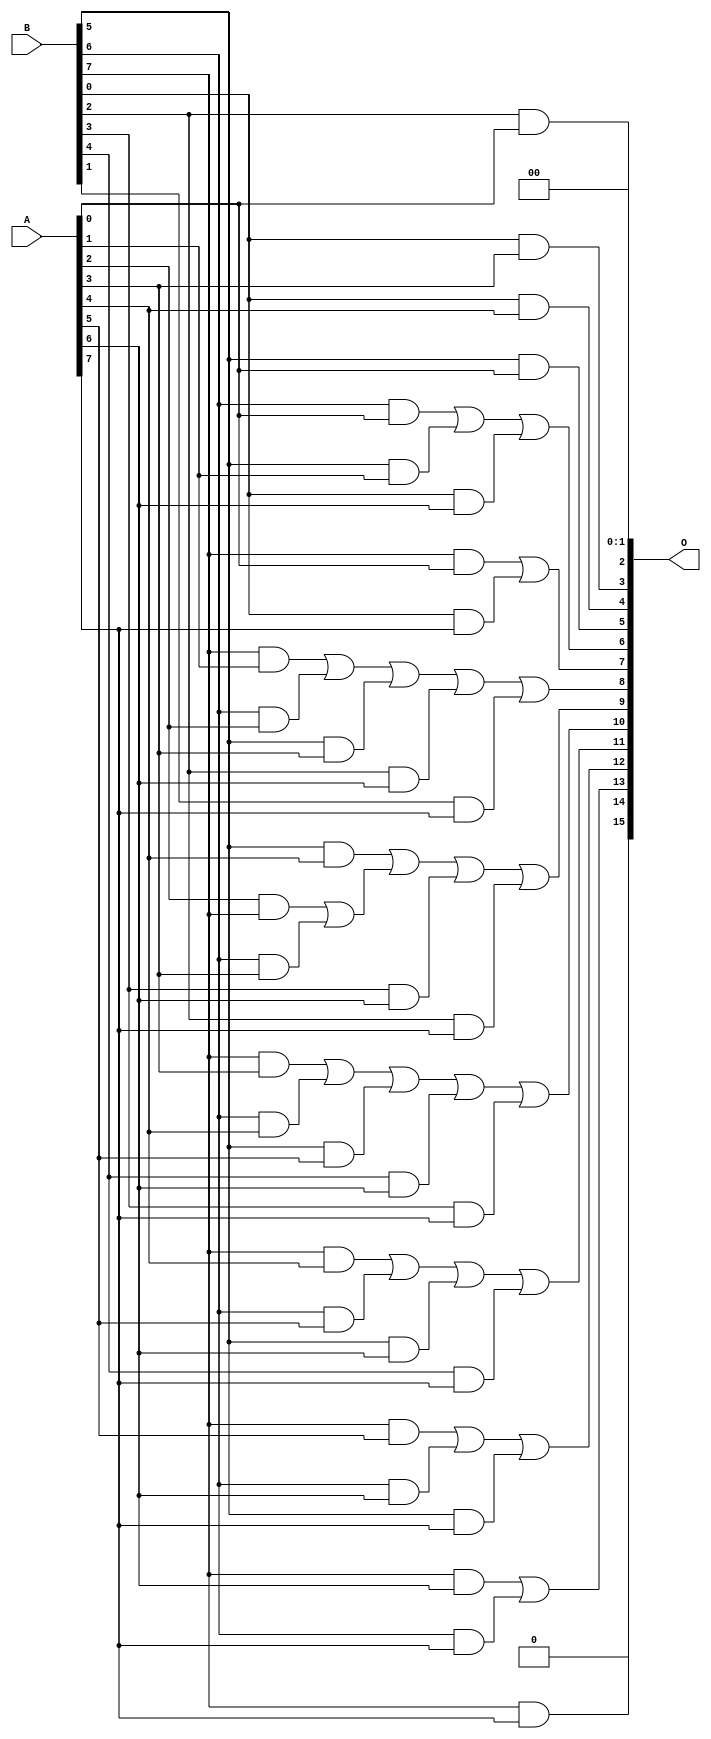
/***
* This code is a part of EvoApproxLib library (ehw.fit.vutbr.cz/approxlib) distributed under The MIT License.
* When used, please cite the following article(s): V. Mrazek, R. Hrbacek, Z. Vasicek and L. Sekanina, "EvoApprox8b: Library of approximate adders and multipliers for circuit design and benchmarking of approximation methods". Design, Automation & Test in Europe Conference & Exhibition (DATE), 2017, Lausanne, 2017, pp. 258-261. doi: 10.23919/DATE.2017.7926993 
* This file contains a circuit from a sub-set of pareto optimal circuits with respect to the pwr and mre parameters
***/
// MAE% = 5.09 %
// MAE = 3334 
// WCE% = 49.23 %
// WCE = 32261 
// WCRE% = 100.00 %
// EP% = 97.47 %
// MRE% = 21.95 %
// MSE = 34405.106e3 
// PDK45_PWR = 0.029 mW
// PDK45_AREA = 112.2 um2
// PDK45_DELAY = 0.18 ns

module mul8u_QKX (
    A,
    B,
    O
);

input [7:0] A;
input [7:0] B;
output [15:0] O;

wire sig_21,sig_22,sig_29,sig_31,sig_42,sig_52,sig_84,sig_94,sig_95,sig_96,sig_122,sig_123,sig_126,sig_133,sig_134,sig_137,sig_138,sig_139,sig_166,sig_168;
wire sig_170,sig_180,sig_181,sig_182,sig_208,sig_211,sig_213,sig_220,sig_221,sig_222,sig_223,sig_224,sig_225,sig_226,sig_236,sig_241,sig_246,sig_251,sig_255,sig_256;
wire sig_261,sig_262,sig_263,sig_264,sig_265,sig_266,sig_267,sig_268,sig_269,sig_277,sig_282,sig_284,sig_289,sig_294,sig_299;

assign sig_21 = B[5] & A[0];
assign sig_22 = B[6] & A[0];
assign sig_29 = B[5] & A[1];
assign sig_31 = B[7] & A[1];
assign sig_42 = sig_22 | sig_29;
assign sig_52 = B[6] & A[2];
assign sig_84 = sig_31 | sig_52;
assign sig_94 = B[5] & A[3];
assign sig_95 = B[6] & A[3];
assign sig_96 = B[7] & A[3];
assign sig_122 = sig_84 | sig_94;
assign sig_123 = A[2] & B[7];
assign sig_126 = sig_123 | sig_95;
assign sig_133 = B[0] & A[4];
assign sig_134 = B[2] & A[0];
assign sig_137 = B[5] & A[4];
assign sig_138 = B[6] & A[4];
assign sig_139 = B[7] & A[4];
assign sig_166 = B[0] & A[3];
assign sig_168 = sig_137 | sig_126;
assign sig_170 = sig_96 | sig_138;
assign sig_180 = B[5] & A[5];
assign sig_181 = B[6] & A[5];
assign sig_182 = B[7] & A[5];
assign sig_208 = sig_170 | sig_180;
assign sig_211 = B[0] & A[6];
assign sig_213 = sig_139 | sig_181;
assign sig_220 = B[2] & A[6];
assign sig_221 = B[3] & A[6];
assign sig_222 = B[4] & A[6];
assign sig_223 = B[5] & A[6];
assign sig_224 = B[6] & A[6];
assign sig_225 = B[7] & A[6];
assign sig_226 = sig_42 | sig_211;
assign sig_236 = sig_122 | sig_220;
assign sig_241 = sig_168 | sig_221;
assign sig_246 = sig_208 | sig_222;
assign sig_251 = sig_213 | sig_223;
assign sig_255 = B[7] & A[0];
assign sig_256 = sig_182 | sig_224;
assign sig_261 = B[0] & A[7];
assign sig_262 = B[1] & A[7];
assign sig_263 = B[2] & A[7];
assign sig_264 = B[3] & A[7];
assign sig_265 = B[4] & A[7];
assign sig_266 = B[5] & A[7];
assign sig_267 = B[6] & A[7];
assign sig_268 = B[7] & A[7];
assign sig_269 = sig_255 | sig_261;
assign sig_277 = sig_236 | sig_262;
assign sig_282 = sig_241 | sig_263;
assign sig_284 = sig_246 | sig_264;
assign sig_289 = sig_251 | sig_265;
assign sig_294 = sig_256 | sig_266;
assign sig_299 = sig_225 | sig_267;

assign O[15] = 1'b0;
assign O[14] = sig_268;
assign O[13] = sig_299;
assign O[12] = sig_294;
assign O[11] = sig_289;
assign O[10] = sig_284;
assign O[9] = sig_282;
assign O[8] = sig_277;
assign O[7] = sig_269;
assign O[6] = sig_226;
assign O[5] = sig_21;
assign O[4] = sig_133;
assign O[3] = sig_166;
assign O[2] = sig_134;
assign O[1] = 1'b0;
assign O[0] = 1'b0;

endmodule